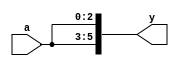
/* Generated by Yosys 0.32+51 (git sha1 6405bbab1, gcc 11.4.0-1ubuntu1~22.04 -fPIC -Os) */

module mult8(a, y);
  input [2:0] a;
  wire [2:0] a;
  output [5:0] y;
  wire [5:0] y;
  assign y = { a, a };
endmodule